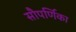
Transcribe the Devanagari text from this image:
सौपर्णिका